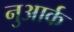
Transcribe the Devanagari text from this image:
नुआर्क